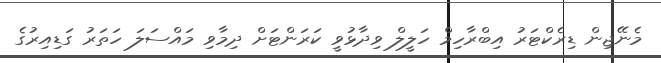
މެނޭޖިން ޑިރެކްޓަރު އިބްރާހިމް ހަލީލް ވިދާޅުވީ ކަރަންޓަށް ދިމާވި މައްސަލަ ހަތަރު ގަޑިއިރުގެ